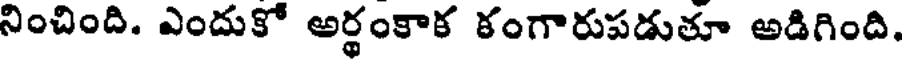
నించింది. ఎందుకో అర్థంకాక కంగారుపడుతూ అడిగింది.